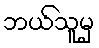
ဘယ်သူမှ